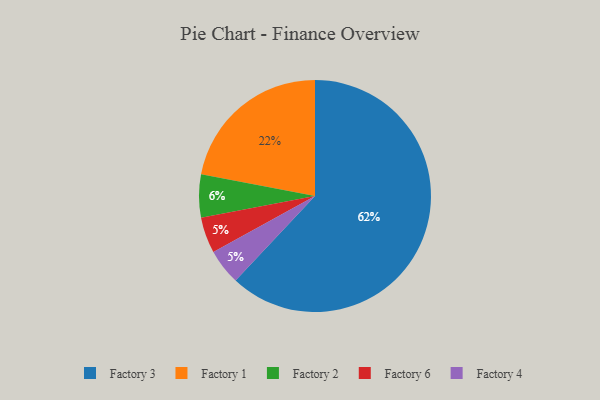
{"axis": {"x": "Category", "y": "Percentage"}, "legend": ["Factory 1", "Factory 2", "Factory 3", "Factory 4", "Factory 6"], "data": [{"x": "Factory 6", "y": 5, "type": "Factory 6"}, {"x": "Factory 3", "y": 62, "type": "Factory 3"}, {"x": "Factory 2", "y": 6, "type": "Factory 2"}, {"x": "Factory 1", "y": 22, "type": "Factory 1"}, {"x": "Factory 4", "y": 5, "type": "Factory 4"}]}